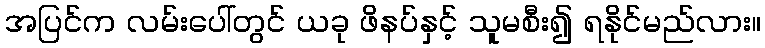
အပြင်က လမ်းပေါ်တွင် ယခု ဖိနပ်နှင့် သူမစီး၍ ရနိုင်မည်လား။